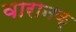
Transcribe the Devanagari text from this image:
वारानक्